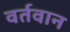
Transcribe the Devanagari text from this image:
वर्तवान